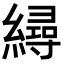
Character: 𦅀